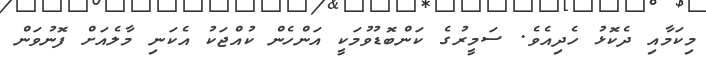
މިކަމާއި ދެކޮޅު ހެދިއެވެ. ސަމީރުގެ ކަންބޮޑުވުމަކީ އަންހެން ކުއްޖަކު އެކަނި މާލެއަށް ފޮނުވަން